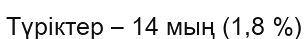
Түріктер – 14 мың (1,8 %)